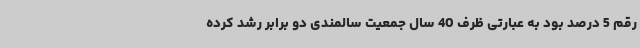
رقم 5 درصد بود به عبارتی ظرف 40 سال جمعیت سالمندی دو برابر رشد کرده